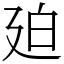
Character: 廹